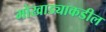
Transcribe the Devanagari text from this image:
मोखाड्याकडील